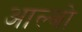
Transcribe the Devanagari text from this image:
आल्बो